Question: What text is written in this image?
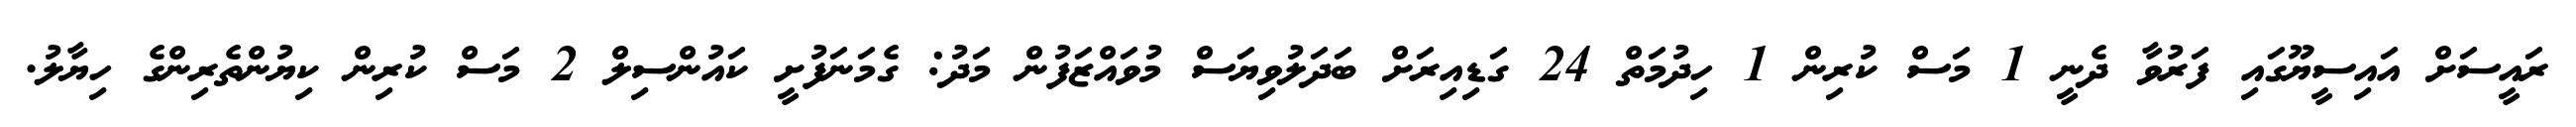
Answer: ރައީސަށް އައިސީޔޫގައި ފަރުވާ ދެނީ 1 މަސް ކުރިން 1 ހިދުމަތް 24 ގަޑިއިރަށް ބަދަލުވިޔަސް މުވައްޒަފުން މަދު: ގެމަނަފުށީ ކައުންސިލް 2 މަސް ކުރިން ކިޔުންތެރިންގެ ހިޔާލު.